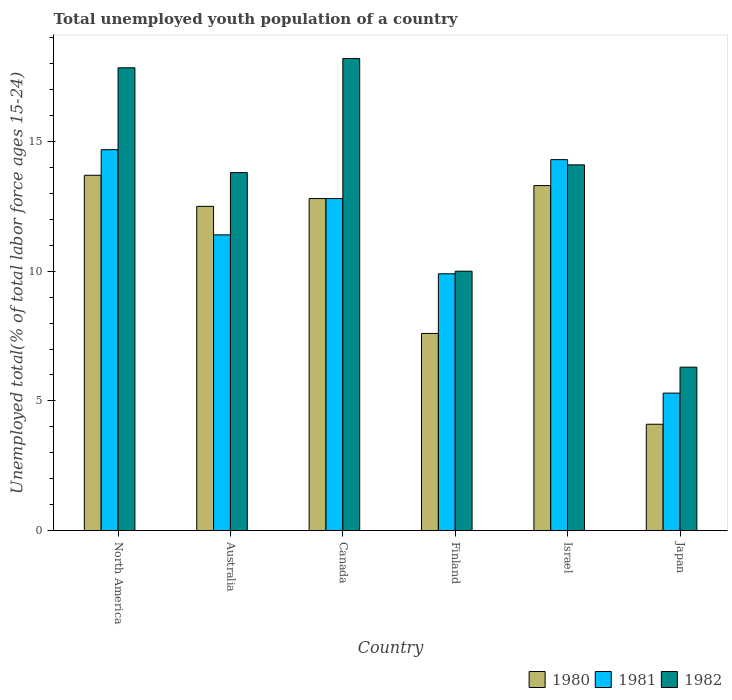
| Country | 1980 | 1981 | 1982 |
 | --- | --- | --- | --- |
 | North America | 13.7 | 14.7 | 17.8 |
 | Australia | 12.5 | 11.4 | 13.8 |
 | Canada | 12.8 | 12.8 | 18.2 |
 | Finland | 7.6 | 9.9 | 10 |
 | Israel | 13.3 | 14.3 | 14.1 |
 | Japan | 4.1 | 5.3 | 6.3 |